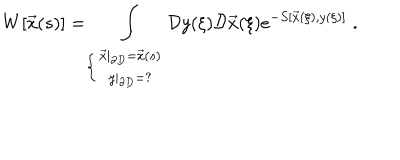
W [ \vec { x } ( s ) ] = \int _ { \left\{ \begin{array} { c } { { \vec { x } | _ { \partial D } = \vec { x } ( s ) } } \\ { { y | _ { \partial D } = ? } } \\ \end{array} \right. } \mathcal { D } y ( \xi ) \mathcal { D } \vec { x } ( \xi ) e ^ { - S [ \vec { x } ( \xi ) , y ( \xi ) ] } \; .